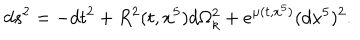
d s ^ { 2 } = - d t ^ { 2 } + R ^ { 2 } ( t , x ^ { 5 } ) d \Omega _ { k } ^ { 2 } + e ^ { \mu ( t , x ^ { 5 } ) } ( d x ^ { 5 } ) ^ { 2 } .